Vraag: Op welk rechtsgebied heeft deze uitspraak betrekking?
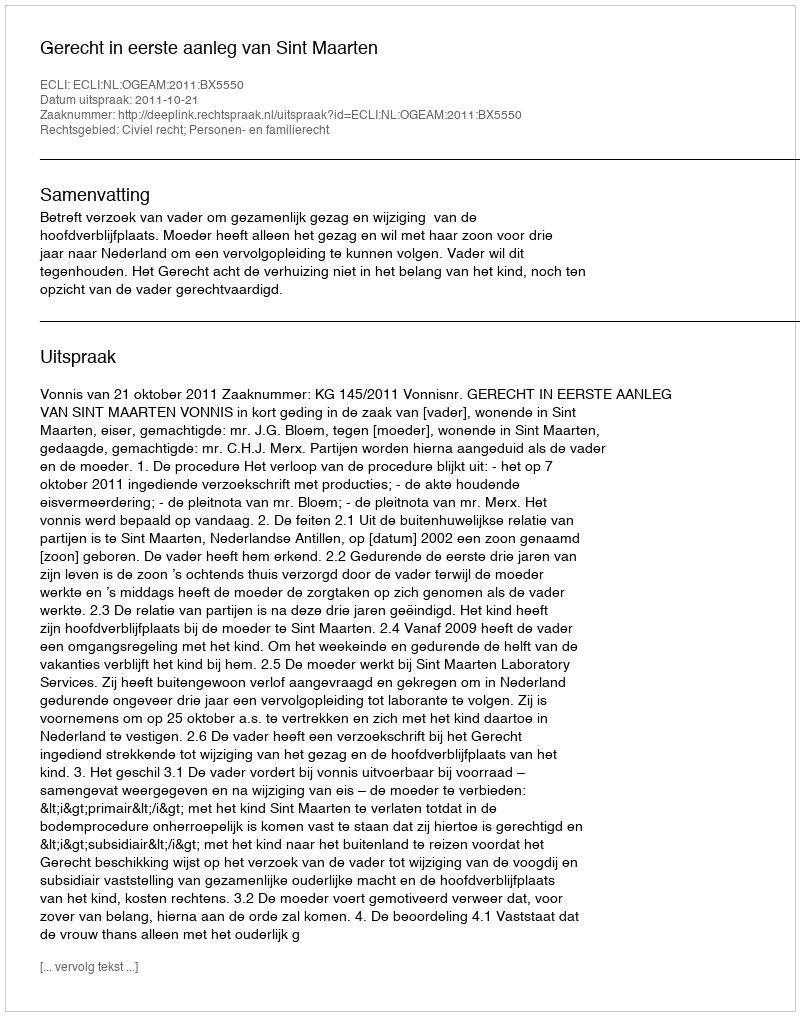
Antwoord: Civiel recht; Personen- en familierecht